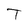
Character: T